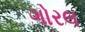
ગોરલ